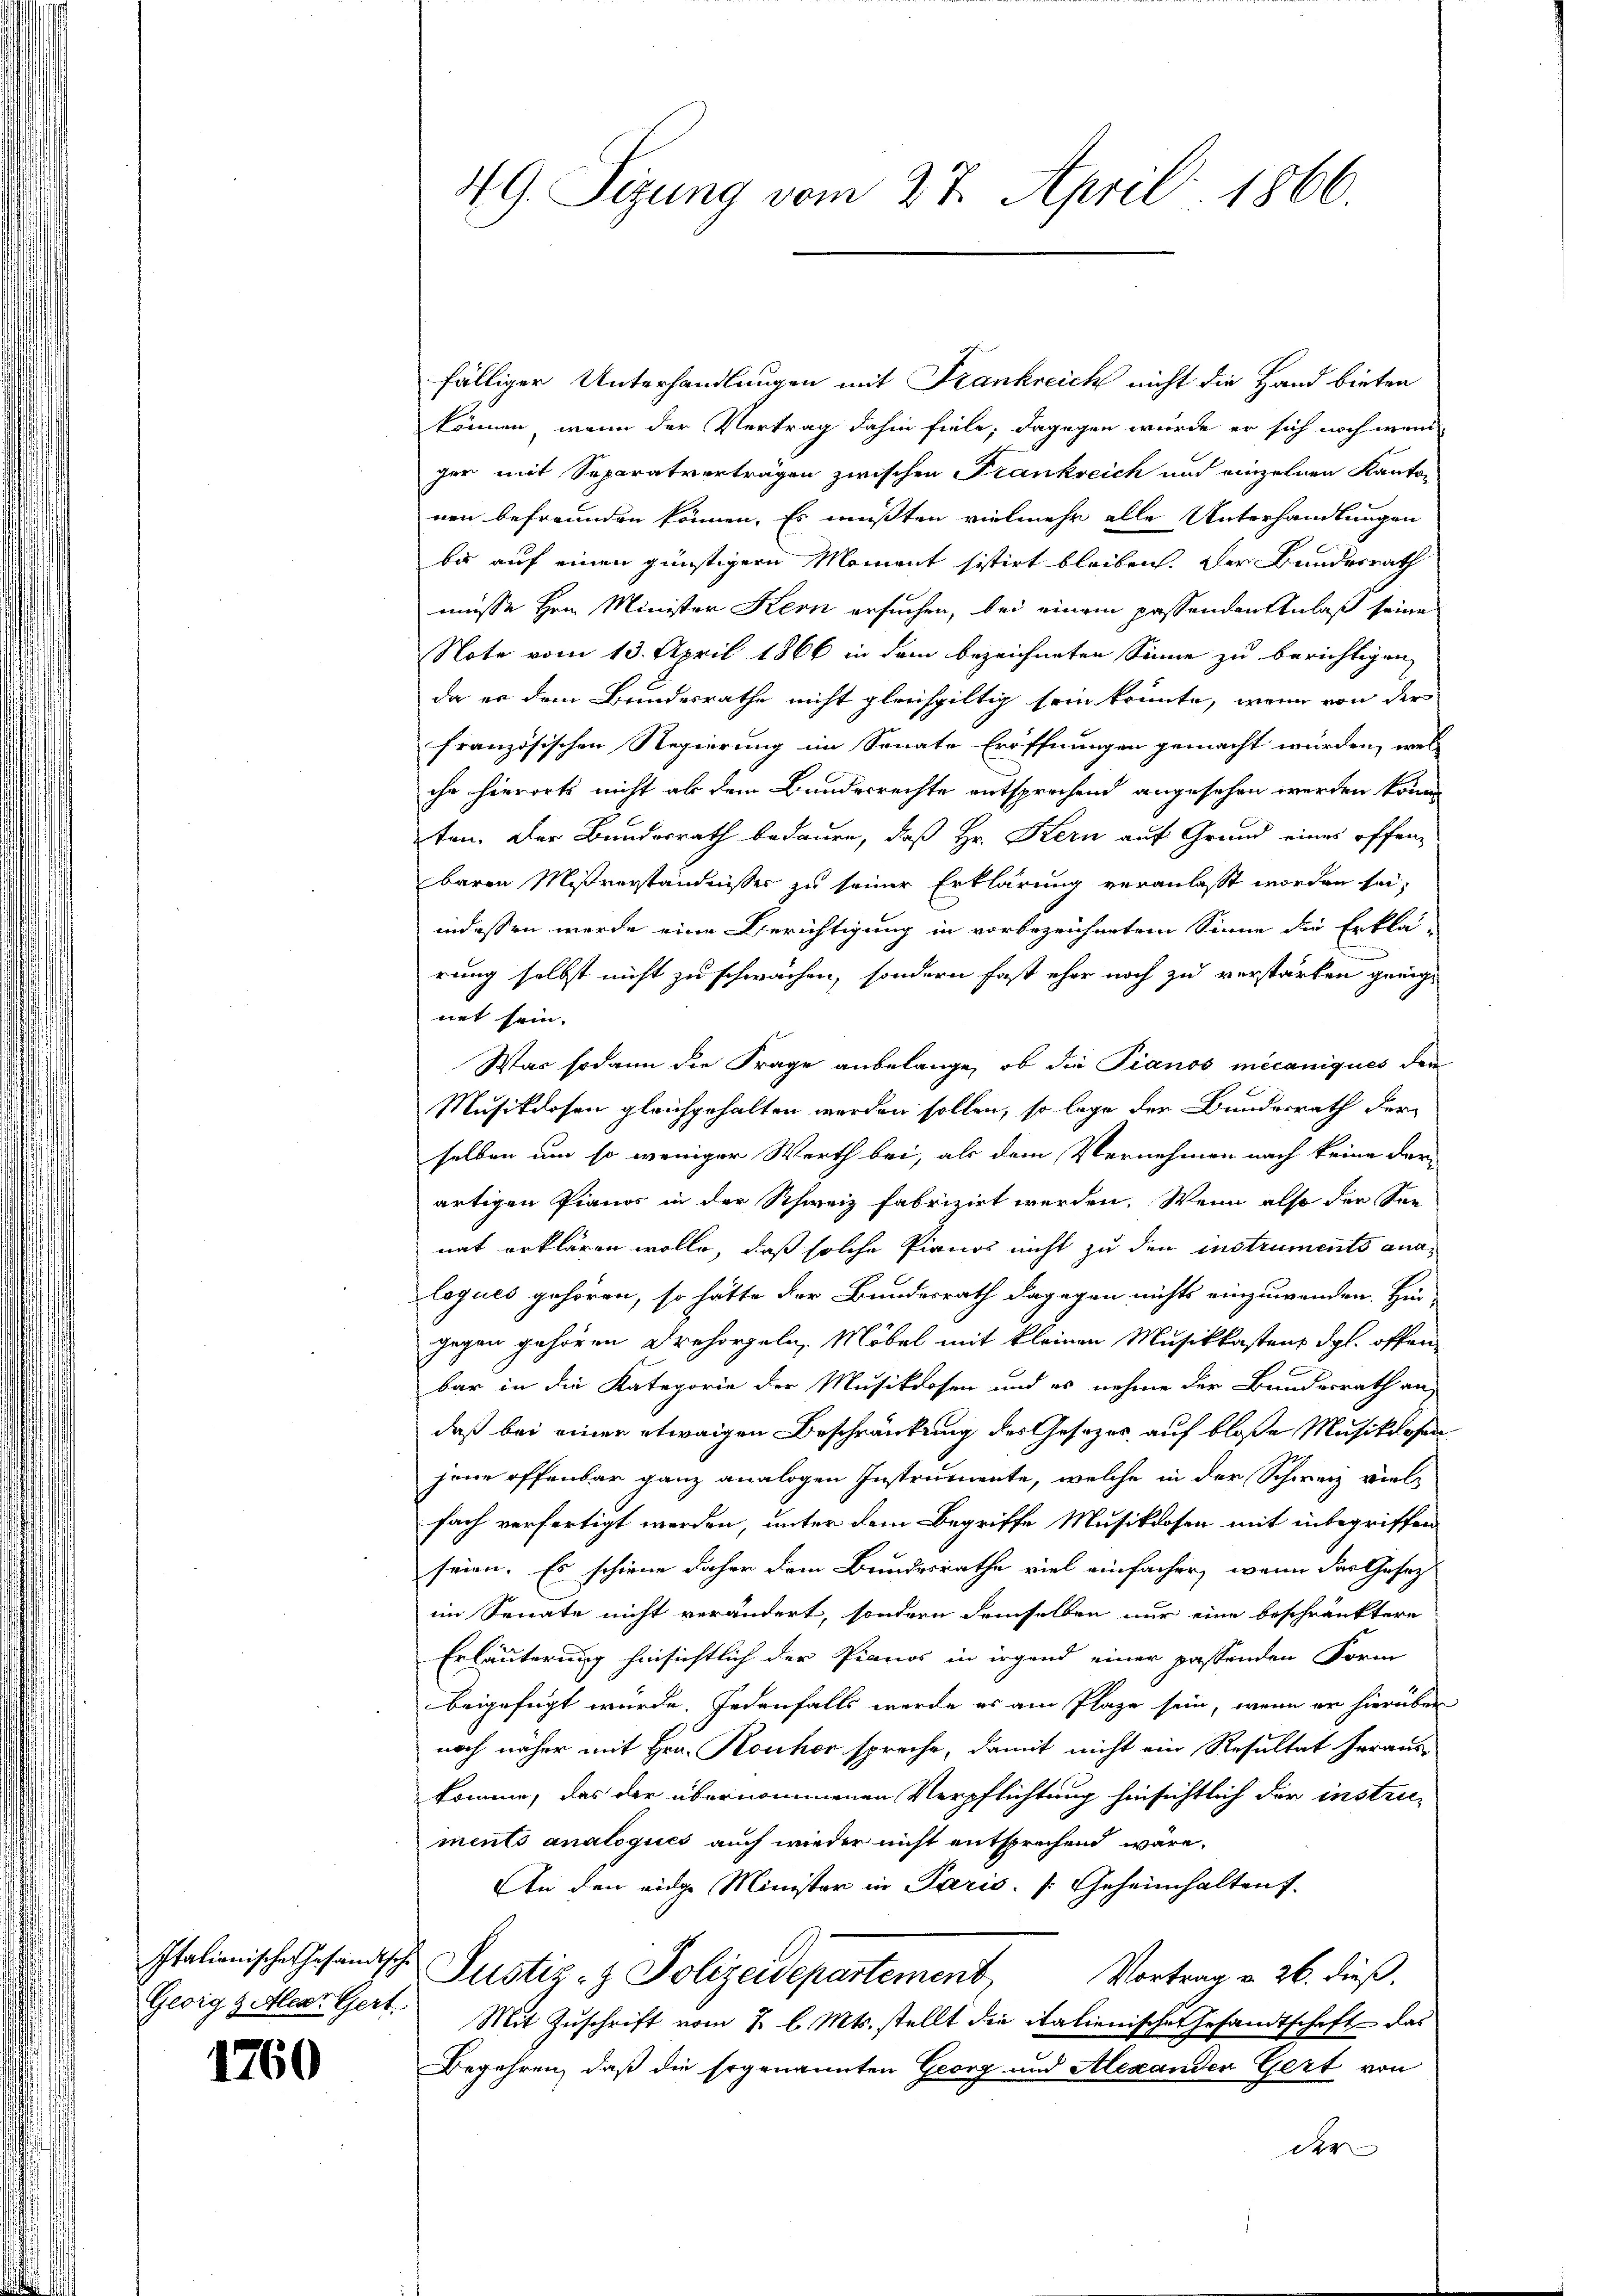
Georg geler Gert

1760

49. Sizung vom 27. April 1866.

fälliger Unterhandlungen mit Frankreich nicht die Hand bieten
können, wenn der Vertrag dahin fiele; dagegen würde er sich noch weni
ger mit Separatverträgen zwischen Frankreich und einzelnen Kanton
nen befreunden können. Es müßten vielmehr alle Unterhandlungen
bis auf einen günstigern Moment sistirt bleiben. Der Bundesrath
müsse Hrn. Minister Kern ersuchen, bei einem passenden Anlaß seine
Note vom 13. April 1866 in dem bezeichneten Sinne zu berichtigen,
da er dem Bundesrathe nicht gleichgiltig sein könnte, wenn von der
französischen Regierung im Senate Eröffnungen gemacht würden, wel
che hierorts nicht als dem Bundesrechte entsprechend angesehen werden könne
ten. Der Bundesrath bedauen, daß Hr. Kern auf Grund eines offen-
baren Mißverständnisses zu seiner Erklärung veranlasst worden sei;
indessen werde eine Berichtigung in vorbezeichnetem Sinne die Erklä-
rung selbst nicht zu schwächen, sondern fast eher noch zu verstärken geeignet sein.
Was sodann die Frage anbelange, ob die Pianos mecaniqués der
Musikdosen gleichgehalten werden sollen, so lage der Bundesrath der
selben um so weniger Werth bei, als dem Vernehmen nach keine der
artigen Pianos in der Schweiz fabrizirt werden. Wenn also der See-
nat erklären wolle, daß solche Pianos nicht zu den instruments analogues gehören, so hätte der Bundesrath dagegen nichts einzuwenden. Hi
gegen gehören Drehorgeln, Möbel mit kleinen Musikkastens dgl. offenbar in die Kategorie der Musikrosen und es nehme der Bundesrath an
daß bei einer etwaigen Beschränkung des Gesetzes auf bloße Musiklosen
jene offenbar ganz analogen Instrumente, welche in der Schweiz vielfach verfertigt werden, unter dem Begriffe Musiklosen mit inbegriffen
seien. Es schiene daher dem Bundesrathe viel einfacher, wenn das Gesetz
im Senate nicht verändert, sondern demselben nur eine beschränktere
Erläuterung hinsichtlich der Pianos in irgend einer passenden Form
beigefügt würde. Jedenfalls werde er am Plaze sein, wenn er hierüber
noch näher mit Hrn. Konkor spreche, damit nicht ein Resultat herauskomme, das der übernommenen Verpflichtung hinsichtlich der instriements analoqués auch wieder nicht entsprechend wäre.
An den eidge Minister in Paris. [Geheimhalten.
Italienische Gesandtsche Justiz- & Polizeidepartement, Vortrag v. 26. dieß.
Mit Zuschrift vom 7. l. Mts. stellt die italienisches Gesandtschaft das
Begehren, daß die sogenannten Georg und Alexander Gert von
der |